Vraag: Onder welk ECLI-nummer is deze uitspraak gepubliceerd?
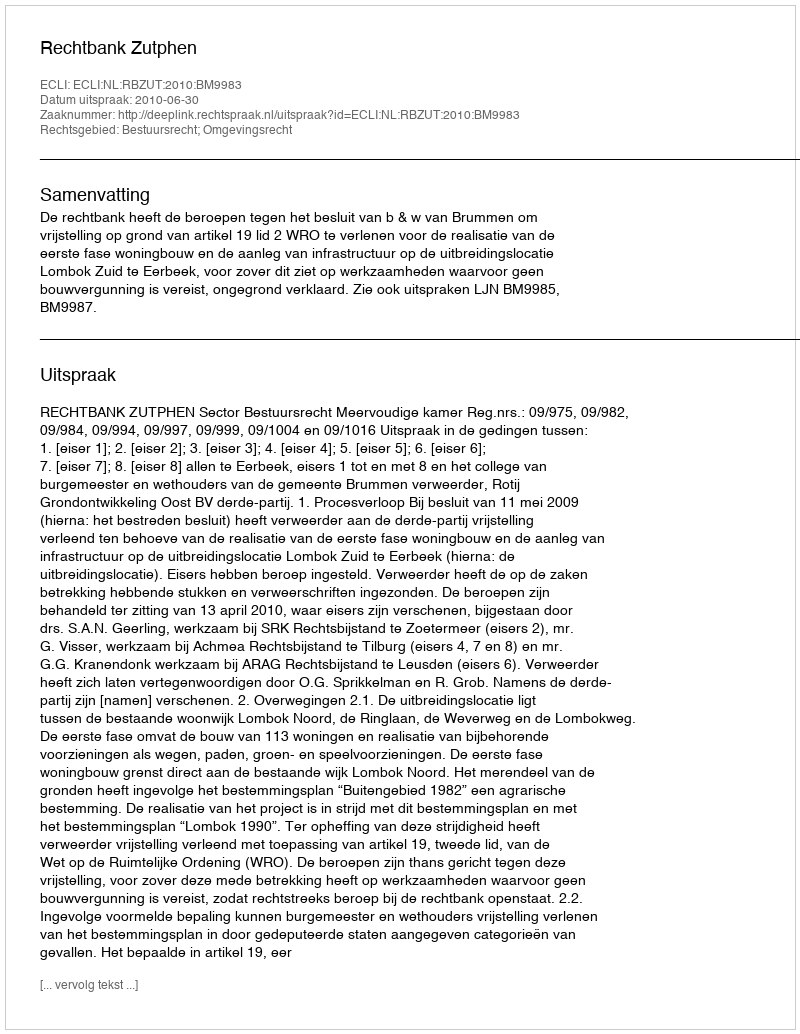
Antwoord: ECLI:NL:RBZUT:2010:BM9983